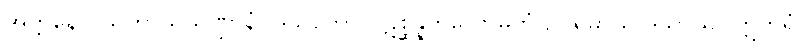
အတ္တနော ဩကာသသဏ္ဌာနံ။ ဒိသတော ပဋိစ္ဆန္နကိလောမကံ ဥပရိမာယ ဒိသာယ။ ဣတရံ